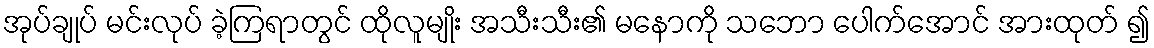
အုပ်ချုပ် မင်းလုပ် ခဲ့ကြရာတွင် ထိုလူမျိုး အသီးသီး၏ မနောကို သဘော ပေါက်အောင် အားထုတ် ၍